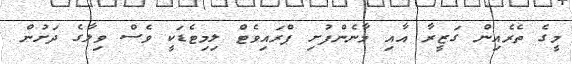
މީގެ ތެރެއިން ގަޒީރާ އާއި މާނެންފުށި ޕްރައިވެޓް ލިމިޓެޑަކީ ވެސް ވިލާގެ ދަށުން